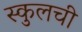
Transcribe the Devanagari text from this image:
स्कुलची